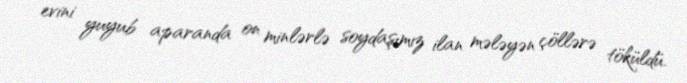
evini yuyub aparanda on minlərlə soydaşımız ilan mələyən çöllərə töküldü.